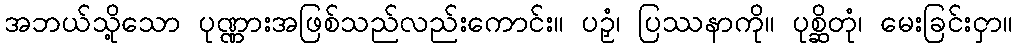
အဘယ်သို့သော ပုဏ္ဏားအဖြစ်သည်လည်းကောင်း။ ပဉှံ၊ ပြဿနာကို။ ပုစ္ဆိတုံ၊ မေးခြင်းငှာ။